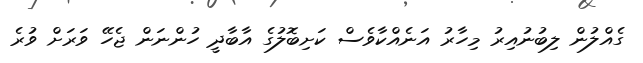
ގެއްލުން ލިބުނުއިރު މިހާރު އަނެއްކާވެސް ކަށިބޮލުގެ އާބާދީ ހުންނަން ޖެހޭ ވަރަށް ވުރެ